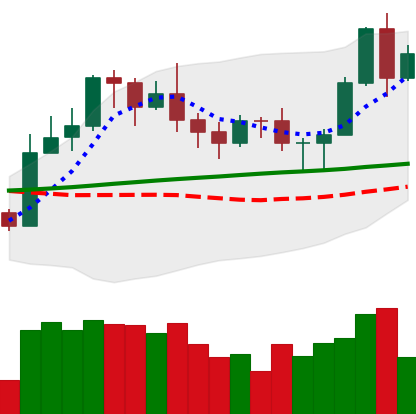
Ticker: LTC-USD
Chart end date: 2020-11-08
Forward return: 7.21%
Label: up_7plus